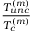
\frac { T _ { u n c } ^ { ( m ) } } { T _ { c } ^ { ( m ) } }